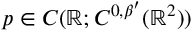
p \in C ( \ensuremath { \mathbb { R } } ; C ^ { 0 , \beta ^ { \prime } } ( \ensuremath { \mathbb { R } } ^ { 2 } ) )